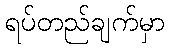
ရပ်တည်ချက်မှာ